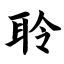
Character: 聆